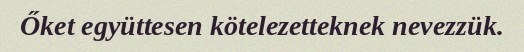
Őket együttesen kötelezetteknek nevezzük.